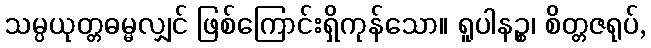
သမ္ပယုတ္တဓမ္မလျှင် ဖြစ်ကြောင်းရှိကုန်သော။ ရူပါနဉ္စ၊ စိတ္တဇရုပ်,